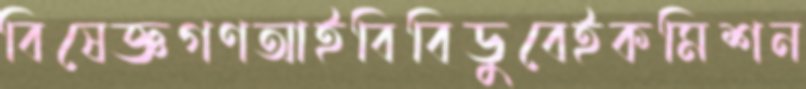
বিষেজ্ঞগণআইবিবিডুবেইকমিশন